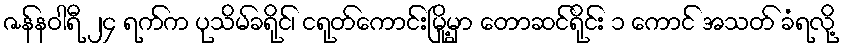
ဇန်နဝါရီ ၂၄ ရက်က ပုသိမ်ခရိုင်၊ ငရုတ်ကောင်းမြို့မှာ တောဆင်ရိုင်း ၁ ကောင် အသတ် ခံရလို့